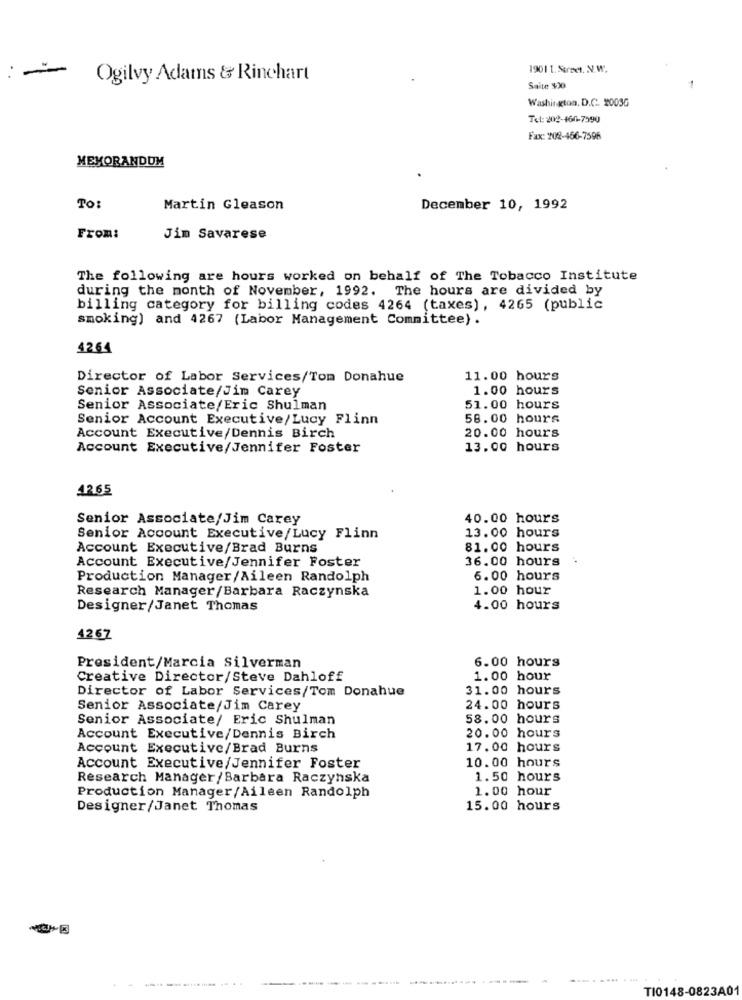
19011.Strzel. N.W.
: -
Ogilvy Adams & Rinehart
Saite $30
Washington, D.C. 2003G
Tel: 202-160-7590
Fax: 202-466-7596
MEMORANDUM
To:
Martin Gleason
December 10, 1992
From:
Jim Savarese
The following are hours worked on behalf of The Tobacco Institute
during the month of November, 1992. The hours are divided by
billing category for billing codes 4264 (taxes), 4265 (public
smoking) and 4267 (Labor Management Committee) .
42.64
Director of Labor Services/Tom Donahue
11.00 hours
Senior Associate/Jim Carey
1.00 hours
Senior Associate/Eric Shulman
51.00 hours
Senior Account Executive/Lucy Flinn
58.00 hours
20.00 hours
Account Executive/Dennis Birch
Account Executive/Jennifer Foster
13.00 hours
42.65
Senior Associate/Jim Carey
40.00 hours
Senior Account Executive/Lucy Flinn
13.00 hours
Account Executive/Brad Burns
81.00 hours
Account Executive/Jennifer Foster
36.00 hours
Production Manager/Aileen Randolph
6.00 hours
Research Manager/Barbara Raczynska
1.00 hour
Designer/Janet Thomas
4.00 hours
4267
6.00 hours
President/Marcia Silverman
Creative Director/Steve Dahloff
1.00 hour
Director of Labor Services/Tom Donahue
31.00 hours
Senior Associate/Jim Carey
24.00 hours
Senior Associate/ Eric Shulman
58.00 hours
Account Executive/Dennis Birch
20.00 hours
Account Executive/Brad Burns
17.00 hours
10.00 hours
Account Executive/Jennifer Foster
Research Manager/Barbara Raczynska
1.50 hours
Production Manager/Aileen Randolph
1.00 hour
Designer/Janet Thomas
15.00 hours
----
.... . ...
TI0148-0823A01